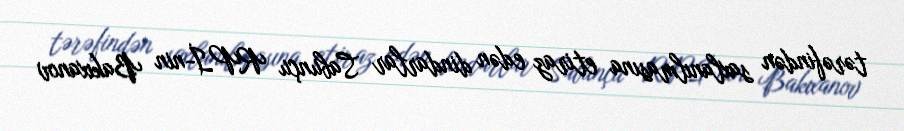
tərəfindən saxlanılmasına etiraz edən dindarlar Sabunçu RPİ-nin Bakıxanov